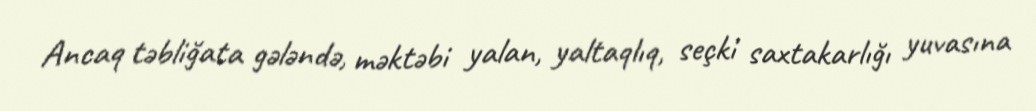
Ancaq təbliğata gələndə, məktəbi yalan, yaltaqlıq, seçki saxtakarlığı yuvasına